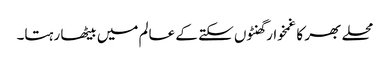
محلے بھر کا غمخوار گھنٹوں سکتے کے عالم میں بیٹھا رہتا۔